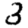
Digit: 3